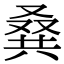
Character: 𠭨